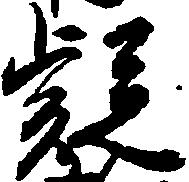
疑